Report on vaccination in Madras 1922-1929 - 1922-1929
Year: 1922
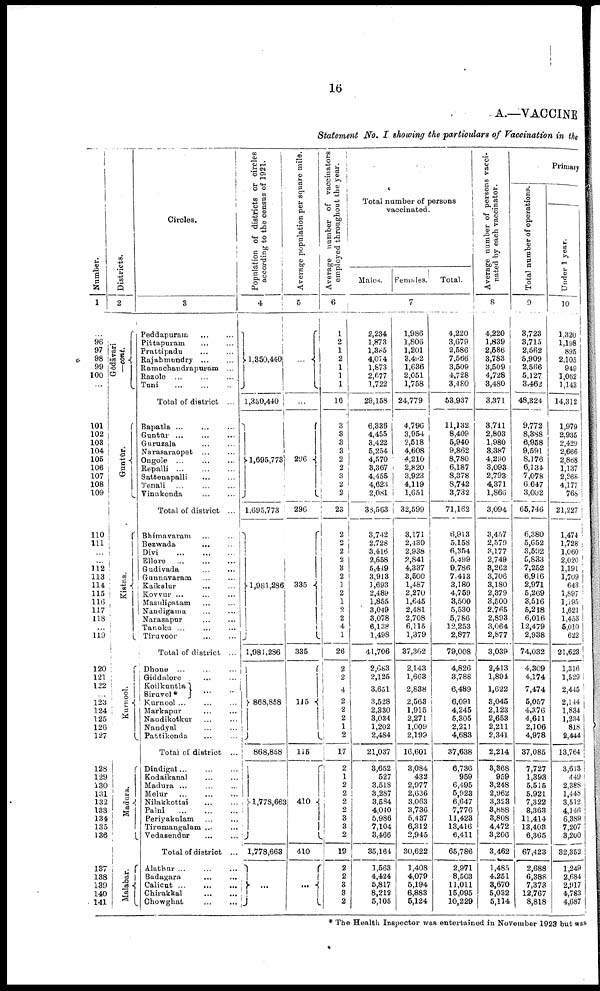
16
A.—VACCINE
Statement No. I showing the particulars of Vaccination in the
Number.
1
...
96
97
98
99
100
...
101
102
103
104
105
106
107
108
109
110
111
...
...
112
113
114
115
116
117
118
...
119
120
121
122
123
124
125
126
127
128
129
130
131
132
133
131
135
136
137
138
139
140
141
Districts.
2
Gōdāvari
—cont.
Guntūr.
Kistna.
Kurnool.
Madura.
Malabar.
Circles.
3
Peddapuram ... ...
Pittapuram ... ...
Prattipadu ... ...
Rajahmundry ... ...
Ramachandrapuram ...
Razole ... ... ...
Tuni
...
...
...
Total of district ...
Bapatla
...
...
...
Guntūr ... ... ...
Guruzala ... ...
Narasaraopet ... ...
Ongole ... ... ...
Repalli ... ... ...
Sattenapalli ... ...
Tenali ... ... ...
Vinukonda
...
...
Total of district ...
Bhimavaram ... ...
Bezwada
...
...
Divi
...
...
...
Ellore
...
...
...
Gudivada
...
...
Gunnavaram ... ...
Kaikalur ... ...
Kovvur ... ... ...
Masulipatam ... ...
Nandigama
...
...
Narasapur ... ...
Tanuku ... ... ...
Tiruvoor ... ...
Total of district ...
Dhone ... ... ...
Giddalore ... ...
Koilkuntla
Siruvel *
... ...
Kurnool ... ... ...
Markapur ... ...
Nandikotkur ... ...
Nandyal ... ...
Pattikonda ... ...
Total of district ...
Dindigal ... ... ...
Kodaikanal ... ...
Madura ... ... ...
Melur
...
...
...
Nilakkottai ... ...
Palni
...
...
...
Periyakulam ... ...
Tirumangalam ... ...
Vedasendur ... ...
Total of district ..
Alathur ... ... ...
Badagara
...
...
Calicut
...
...
...
Chirakkal
...
...
Chowghat
...
...
Population of districts or circles
according to the census of 1921.
4
1,350,440
1,350,440
1,695,773
1,695,773
1,981,286
1,981,286
868,858
868,858
1,778,663
1,778,663
...
Average population per square mile.
5
...
...
296
296
335
335
115
115
410
410
...
Average number of vaccinators
employed throughout the year.
6
1
2
1
2
1
1
1
16
3
3
3
3
2
2
3
2
2
23
2
2
2
2
3
2
1
2
1
2
2
4
1
26
2
2
4
2
2 2
1
2
17
2
1
2
2
2
2
3
3
2
19
2
2
3
3
2
Total number of persons
vaccinated.
Males.
Females.
Total.
7
2,234
1,873
1,385
4,074
1,873
2,677
1,722
29,158
6,336
4,455
3,422
5,254
4,570
3,367
4,455
4,623
2,081
38,563
3,742
2,728
3,416
2,658
5,419
3,913
1,693
2,489
1,855
3,049
3,078
6,138
1,498
41,706
2,683
2,125
3,651
3,528
2,330
3,034
1,202
2,484
21,037
3,652
527
3,518
3,287
3,584
4,010
5,986
7,104
3,466
35,164
1,563
4,424
5,817
8,212
5,105
1,986
1,806
1,201
3,402
1,636
2,051
1,758
24,779
4,796
3,954
2,518
4,608
4,210
2,820
3,923
4,119
1,651
32,599
3,171
2,430
2,938
2,841
4,337
3,500
1,487
2,270
1,645
2,481
2,708
6,115
1,379
37,302
2,143
1,663
2,838
2,563
1,915
2,271
1,009
2,199
16,601
3,084
432
2,977
2,636
3,063
3,736
5,437
6,312
2,945
30,622
1,408
4,079
5,194
6,883
5,124
4,220
3,679
2,586
7,566
3,509
4,728
3,480
53,937
11,132
8,409
5,940
9,862
8,780
6,187
8,378
8,742
3,732
71,162
6,913
5,158
6,354
5,499
9,786
7,413
3,180
4,759
3,500
5,530
5,786
12,253
2,877
79,008
4,826
3,788
6,489
6,091
4,245
5,305
2,211
4,683
37,638
6,736
959
6,495
5,923
6,647
7,776
11,423
13,416
6,411
65,786
2,971
8,503
11,011
15,095
10,229
Average number of persons vacci
nated by each vaccinator.
8
4,220
1,839
2,586
3,783
3,509
4,728
3,480
3,371
3,711
2,803
1,980
8,387
4,290
3,093
2,793
4,371
1,866
3,094
3,457
2,579
3,177
2,749
3,262
3,706
3,180
2,379
3,500
2,765
2,893
3,064
2,877
3,039
2,413
1,894
1,622
3,045
2,123
2,653
2,211
2,341
2,214
3,368
959
3,248
2,962
3,323
8,888
3,808
4,472
3,206
3,462
1,485
4,251
3,670
5,032
5,114
Primary
Total number of operations.
9
3,723
3,715
2,562
5,909
2,566
5,127
3,462
48,324
9,772
8,388
6,958
9,591
8,176
6,134
7,078
6,647
3,002
65,746
6,380
5,652
3,592
5,833
7,252
6,916
2,971
5,269
3,516
5,218
6,016
12,479
2,938
74,032
4,309
4,174
7,474
5,057
4,376
4,611
2,106
4,978
37,085
7,727
1,393
5,515
5,921
7,322
8,363
11,414
13,403
6,365
67,423
2,688
6,388
7,373
12,767
8,818
Under 1 year.
10
1,320
1,198
895
2,105
949
1,062
1,143
14,312
1,979
2,935
2,429
2,666
2,868
1,137
2,268
4,177
768
21,227
1,474
1,728
1,060
2,020
1,191
1,709
643
1,897
1,195
1,621
1,453
5,010
622
21,623
1,316
1,529
2,445
2,144
1,834
1,234
818
2,444
13,764
3,613
449
2,388
1,448
3,512
4,146
6,389
7,207
3,200
32,352
1,249
2,684
2,917
4,783
4,687
* The Health Inspector was entertained in November 1923 but was